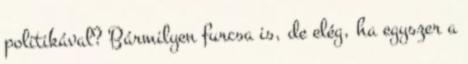
politikával? Bármilyen furcsa is, de elég, ha egyszer a